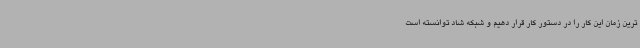
ترین زمان این کار را در دستور کار قرار دهیم و شبکه شاد توانسته است